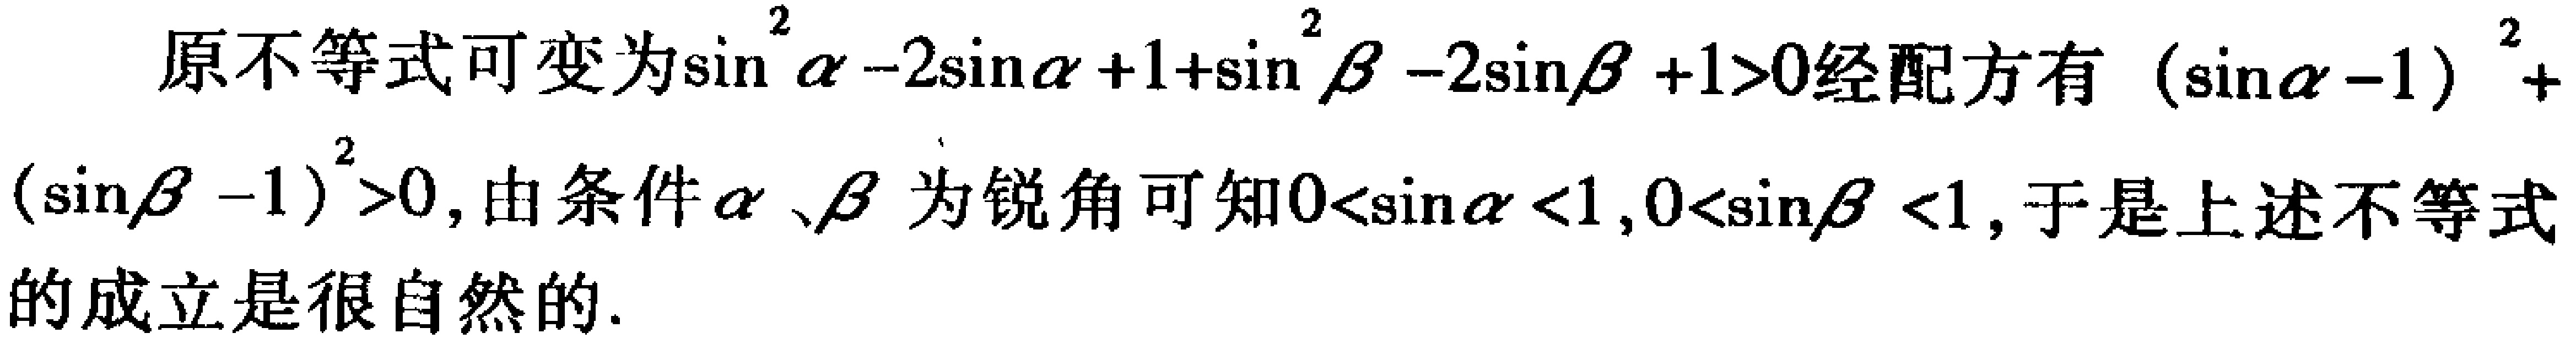
原不等式可变为\(\sin^{2}\alpha - 2\sin\alpha + 1+\sin^{2}\beta - 2\sin\beta + 1>0\)经配方有\((\sin\alpha - 1)^{2}+(\sin\beta - 1)^{2}>0\)，由条件\(\alpha、\beta\)为锐角可知\(0<\sin\alpha <1\)，\(0<\sin\beta <1\)，于是上述不等式的成立是很自然的.